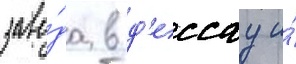
заво́да в д'ессау и́